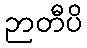
ဉာတီပိ